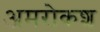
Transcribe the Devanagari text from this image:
अमरोकश